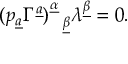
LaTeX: ( p _ { \underline { { a } } } \Gamma ^ { \underline { { a } } } ) _ { ~ ~ \underline { { \beta } } } ^ { \underline { { \alpha } } } \lambda ^ { \underline { { \beta } } } = 0 .